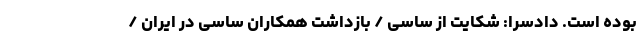
بوده است. دادسرا: شکایت از ساسی / بازداشت همکاران ساسی در ایران /